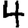
Digit: 4